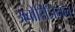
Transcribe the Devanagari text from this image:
अबोरिजिनल